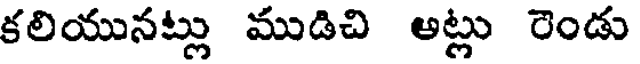
కలియునట్లు ముడిచి అట్లు రెండు